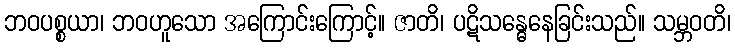
ဘဝပစ္စယာ၊ ဘဝဟူသော အကြောင်းကြောင့်။ ဇာတိ၊ ပဋိသန္ဓေနေခြင်းသည်။ သမ္ဘဝတိ၊